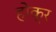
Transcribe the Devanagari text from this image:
होक्र